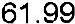
61.99